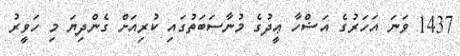
1437 ވަނަ އަހަރުގެ އަޟްހާ ޢީދުގެ މުނާސަބަތުގައި ކުރިއަށް ގެންދިޔަ މި ހަވީރު